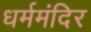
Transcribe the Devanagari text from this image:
धर्ममंदिर